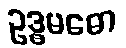
ဥဒ္ဓမဓော